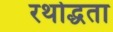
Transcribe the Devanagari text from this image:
रथोद्धता